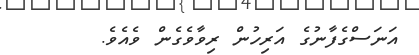
އަނަސްގެފާނުގެ އަރިހުން ރިވާވެގެން ވެއެވެ.